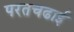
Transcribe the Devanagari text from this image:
परतचढाई